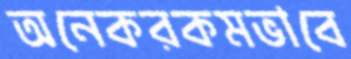
অনেকরকমভাবে